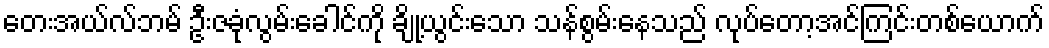
တေးအယ်လ်ဘမ် ဦးဇခုံလွမ်းခေါင်ကို ချို့ယွင်းသော သန်စွမ်းနေသည် လုပ်တော့အင်ကြင်းတစ်ယောက်